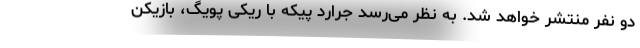
دو نفر منتشر خواهد شد. به نظر می‌رسد جرارد پیکه با ریکی پویگ، بازیکن